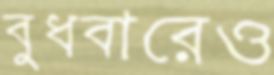
বুধবারেও